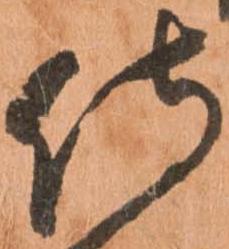
侍